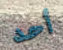
أحد